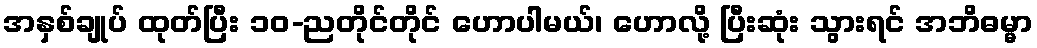
အနှစ်ချုပ် ထုတ်ပြီး ၁၀-ညတိုင်တိုင် ဟောပါမယ်၊ ဟောလို့ ပြီးဆုံး သွားရင် အဘိဓမ္မာ